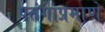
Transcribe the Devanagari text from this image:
पतंगाप्रमाणे